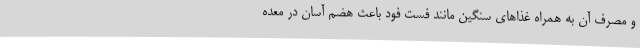
و مصرف آن به همراه غذا‌های سنگین مانند فست فود باعث هضم آسان در معده